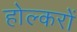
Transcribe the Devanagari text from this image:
होल्करों